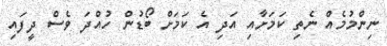
ނިންމުމެއް ނެތި ކަމަށާއި އަދި އެ ކަމަށް ބޯޑުން ހުއްދަ ވެސް ދީފައި